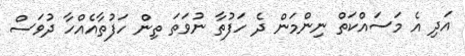
އަދި އެ މަސައްކަތް ނިންމަން ދެ ހަފުތާ ނުވަތަ ތިން ހަފުތާއެއްހާ ދުވަސް